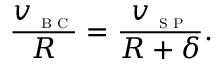
\frac { v _ { \textsc { \tiny B C } } } { R } = \frac { v _ { \textsc { \tiny S P } } } { R + \delta } .